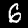
Digit: 6